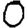
Digit: 0